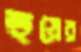
হুয়ের